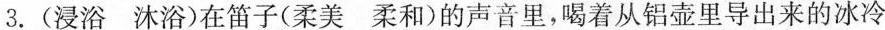
3.(浸浴 沐浴)在笛子(柔美 柔和)的声音里，喝着从铝壶里导出来的冰冷